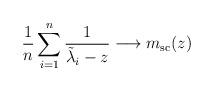
LaTeX: \begin{align*} \frac{1}{n} \sum_{i=1}^n \frac{1}{\tilde{\lambda}_i - z } \longrightarrow m_{\mathrm{sc}}(z) \end{align*}